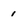
Character: 1